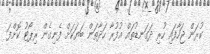
ކުރަން ޖަހާފައި ހުރި ދަގަނޑުތައް އުފުރާ ހަދާތަން ބަޔަކަށް ފެނިގެން ރިޕޯޓު ކޮށްފަ